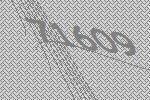
71609